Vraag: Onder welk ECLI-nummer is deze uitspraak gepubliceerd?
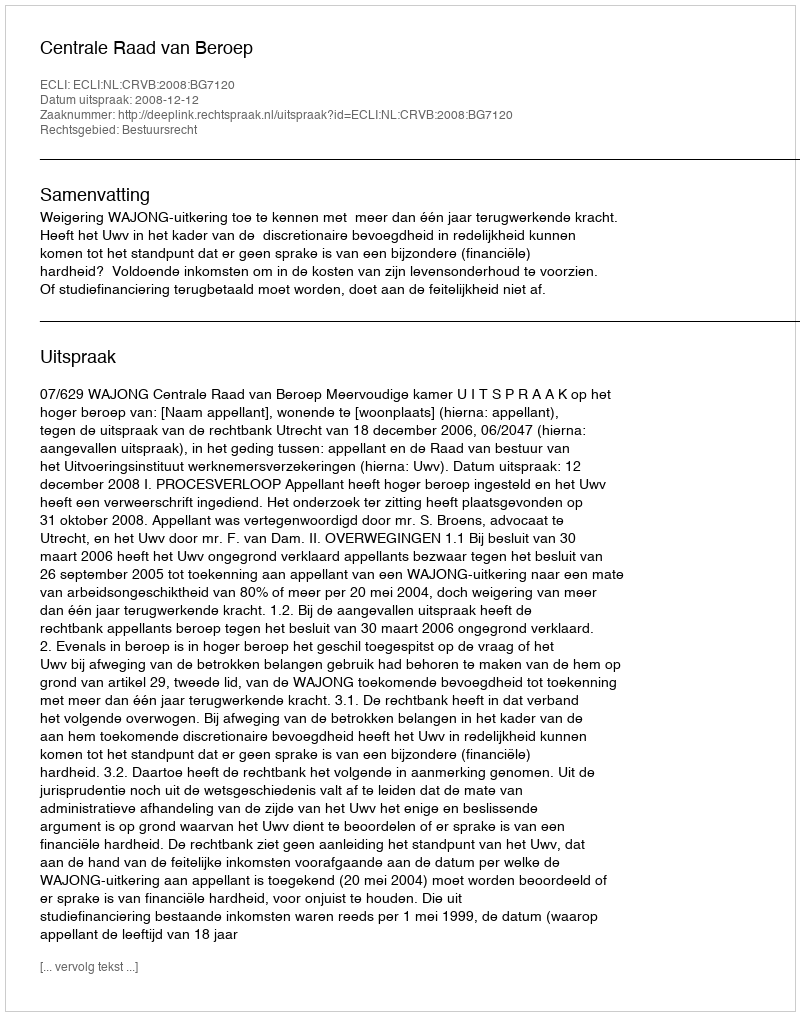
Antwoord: ECLI:NL:CRVB:2008:BG7120